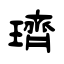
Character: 璾